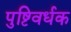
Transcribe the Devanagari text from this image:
पुष्टिवर्धक